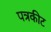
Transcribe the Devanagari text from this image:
पत्रकीट